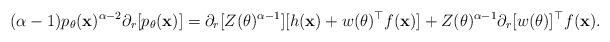
LaTeX: \begin{align*}(\alpha -1)p_\theta({\bf{x}})^{\alpha -2} \partial_r [p_\theta ({\bf{x}})]&= \partial_r[Z(\theta)^{\alpha - 1}][h({\bf{x}})+ w(\theta)^\top f({\bf{x}})] + Z(\theta)^{\alpha - 1}\partial_r[w(\theta)]^\top f({\bf{x}}).\end{align*}